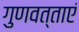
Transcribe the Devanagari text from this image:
गुणवत्ताएं